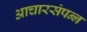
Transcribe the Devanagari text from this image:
आचारसंपन्‍न